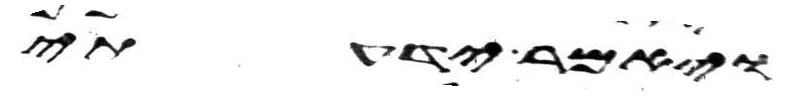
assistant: ויאמר ידעתי